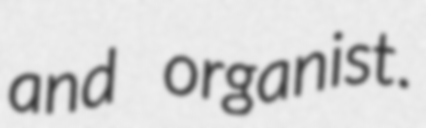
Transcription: and organist.